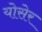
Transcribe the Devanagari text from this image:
योसेर